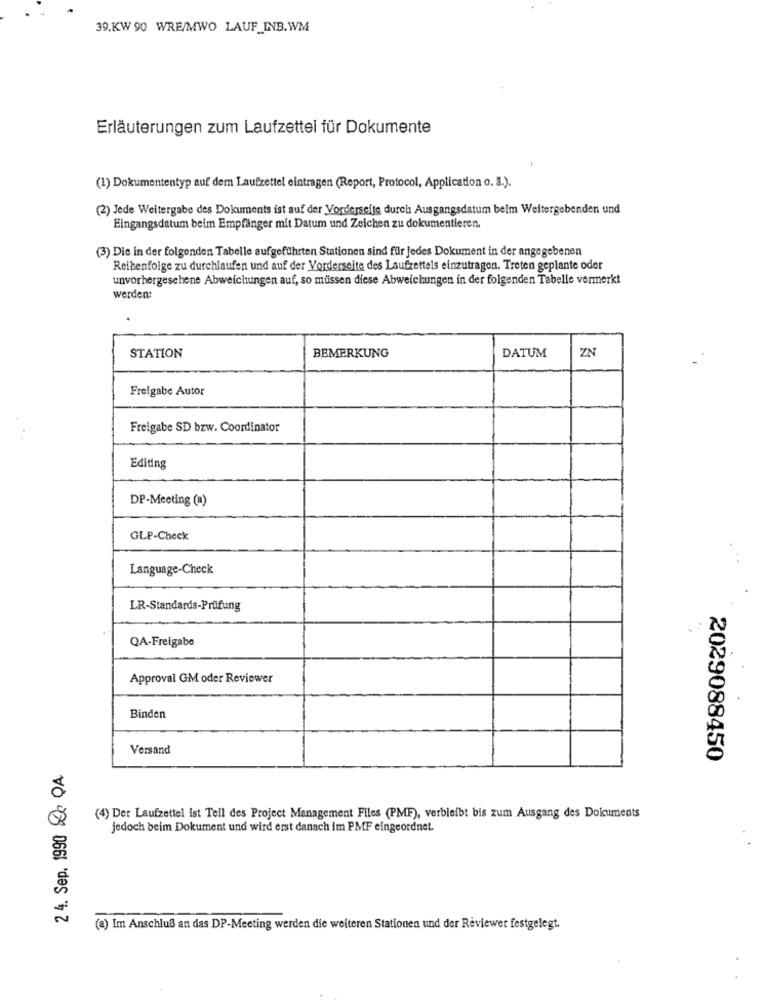
39.KW 90 WRE/MWO LAUF_INB.WM
Erläuterungen zum Laufzettel für Dokumente
44
(1) Dokumententyp auf dem Laufzettel eintragen (Report, Protocol, Application o. J.).
(2) Jede Weitergabe des Dokuments ist auf der Vorderseite durch Ausgangsdatum beim Weitergebenden und
Eingangsdatum beim Empfänger mit Datum und Zeichen zu dokumentieren.
(3) Die in der folgenden Tabelle aufgeführten Stationen sind für jedes Dokument in der angegebenen
Reihenfolge zu durchlaufen und auf der Vorderseite des Laufzettels einzutragen. Treten geplante oder
unvorhergesehene Abweichungen auf, so müssen diese Abweichungen in der folgenden Tabelle vermerkt
werden:
DATUM
ZN
STATION
BEMERKUNG
Freigabe Autor
Freigabe SD bzw. Coordinator
Editing
DP-Meeting (a)
GLP-Check
Language-Check
LR-Standards-Prüfung
QA-Freigabe
Approval GM oder Reviewer
Binden
Versand
2029088450
2 4. Sep. 1990 Do QA
(4) Der Laufzettel ist Teil des Project Management Files (PMF), verbleibt bis zum Ausgang des Dokuments
jedoch beim Dokument und wird erst danach im PMF eingeordnet.
(a) Im Anschluß an das DP-Meeting werden die weiteren Stationen und der Reviewer festgelegt.